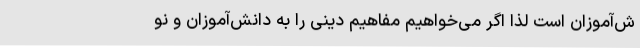
ش‌آموزان است لذا اگر می‌خواهیم مفاهیم دینی را به دانش‌آموزان و نو